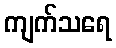
ကျက်သရေ